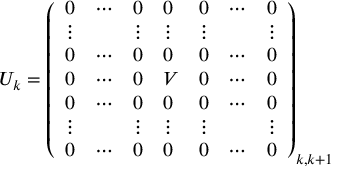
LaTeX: U _ { k } = \left( \begin{array} { l l l l l l l } { { 0 } } & { { \cdots } } & { { 0 } } & { { 0 } } & { { 0 } } & { { \cdots } } & { { 0 } } \\ { { \vdots } } & { { } } & { { \vdots } } & { { \vdots } } & { { \vdots } } & { { } } & { { \vdots } } \\ { { 0 } } & { { \cdots } } & { { 0 } } & { { 0 } } & { { 0 } } & { { \cdots } } & { { 0 } } \\ { { 0 } } & { { \cdots } } & { { 0 } } & { { V } } & { { 0 } } & { { \cdots } } & { { 0 } } \\ { { 0 } } & { { \cdots } } & { { 0 } } & { { 0 } } & { { 0 } } & { { \cdots } } & { { 0 } } \\ { { \vdots } } & { { } } & { { \vdots } } & { { \vdots } } & { { \vdots } } & { { } } & { { \vdots } } \\ { { 0 } } & { { \cdots } } & { { 0 } } & { { 0 } } & { { 0 } } & { { \cdots } } & { { 0 } } \end{array} \right) _ { k , k + 1 }